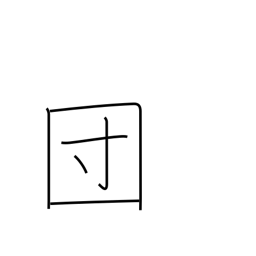
Meaning: association